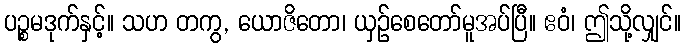
ပဉ္စမဒုက်နှင့်။ သဟ တကွ, ယောဇိတော၊ ယှဉ်စေတော်မူအပ်ပြီ။ ဧဝံ၊ ဤသို့လျှင်။